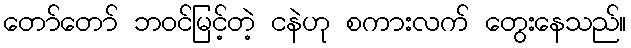
တော်တော် ဘဝင်မြင့်တဲ့ ငနဲဟု စကားလက် တွေးနေသည်။